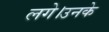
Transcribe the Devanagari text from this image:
लगे।उनके